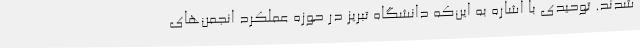
شدند. توحیدی با اشاره به این‌که دانشگاه تبریز در حوزه عملکرد انجمن‌های